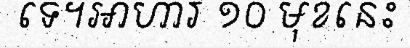
ទេ។អាហារ ១០ មុខនេះ